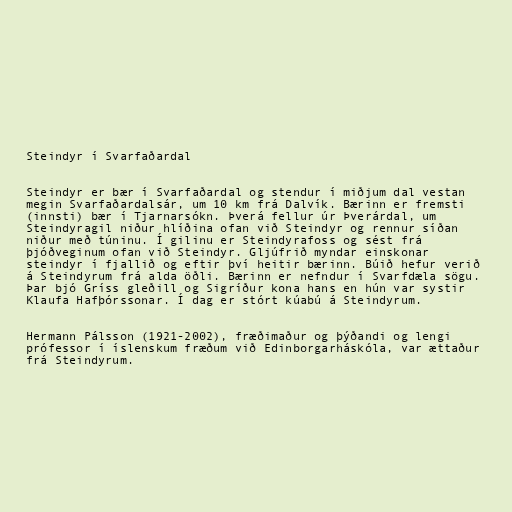
Steindyr í Svarfaðardal

Steindyr er bær í Svarfaðardal og stendur í miðjum dal vestan
megin Svarfaðardalsár, um 10 km frá Dalvík. Bærinn er fremsti
(innsti) bær í Tjarnarsókn. Þverá fellur úr Þverárdal, um
Steindyragil niður hlíðina ofan við Steindyr og rennur síðan
niður með túninu. Í gilinu er Steindyrafoss og sést frá
þjóðveginum ofan við Steindyr. Gljúfrið myndar einskonar
steindyr í fjallið og eftir því heitir bærinn. Búið hefur verið
á Steindyrum frá alda öðli. Bærinn er nefndur í Svarfdæla sögu.
Þar bjó Gríss gleðill og Sigríður kona hans en hún var systir
Klaufa Hafþórssonar. Í dag er stórt kúabú á Steindyrum.

Hermann Pálsson (1921-2002), fræðimaður og þýðandi og lengi
prófessor í íslenskum fræðum við Edinborgarháskóla, var ættaður
frá Steindyrum.